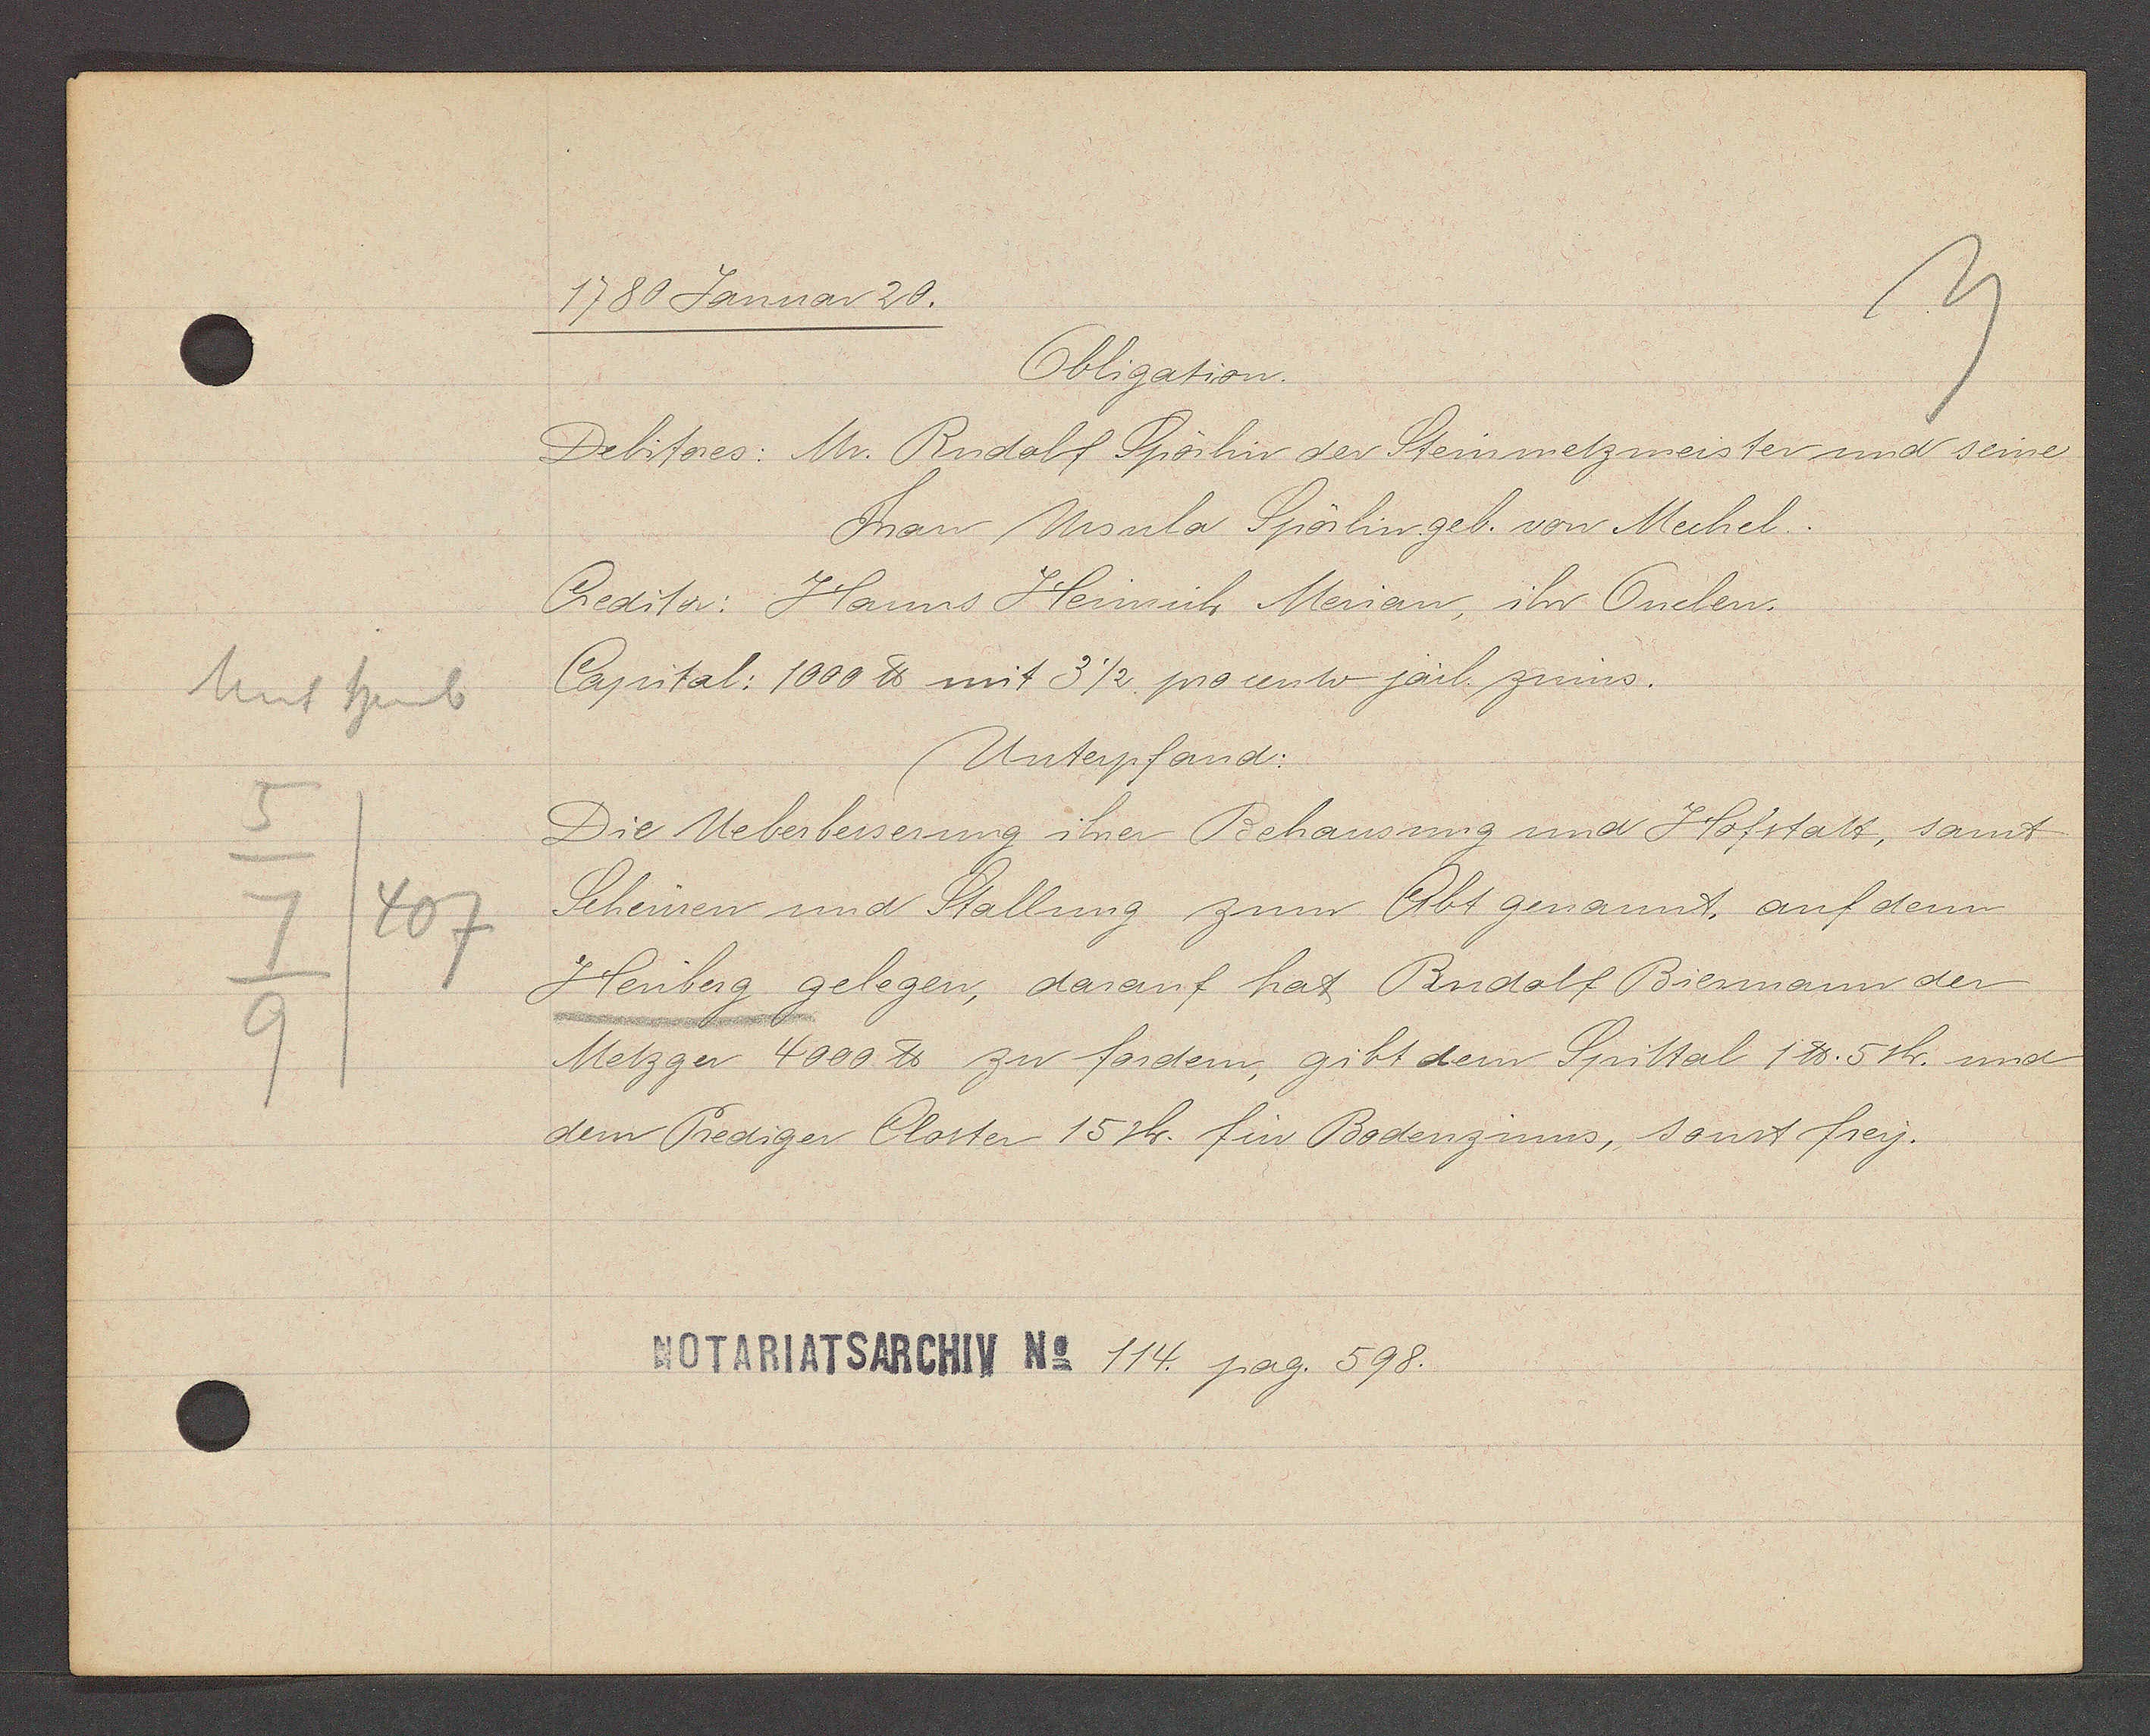
Transcript:
Unt heub
5
7
407
9

1780 Januar 20.

Obligation.
Debitores: Mr. Rudolf Spörlin der Steinmetzmeister und seine
Frau Ursula Spörlin geb. von Mechel.
Creditor: Hanns Heinrich Merian, ihr Onelen.
Capital: 1000 ℔ mit 3 1/2 procento järl. zinns.
Unterpfand:
Die Ueberbesserung ihrer Behausung und Hofstatt, samt
Scheüren und Stallung zum Abt genannt, auf dem
Heuberg gelegen, darauf hat Rudolf Biermann der
Metzger 4000 ℔ zu fordern, gibt dem Spittal 1 ℔. 5sh. und
dem Prediger Closter 15sh. für Bodenzinns, sonst frey.

Notariatsarchiv No 114. pag. 598.